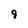
Character: 9